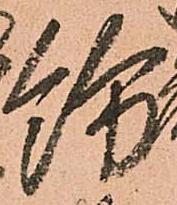
紛